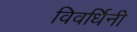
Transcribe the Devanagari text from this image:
विवर्धिनी